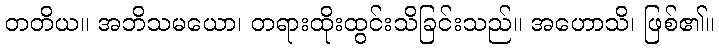
တတိယ။ အဘိသမယော၊ တရားထိုးထွင်းသိခြင်းသည်။ အဟောသိ၊ ဖြစ်၏။